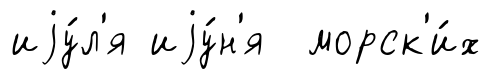
иjу́л'я иjу́н'я морск'и́х